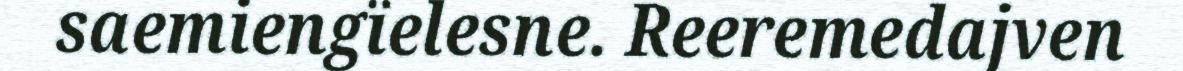
saemiengïelesne. Reeremedajven